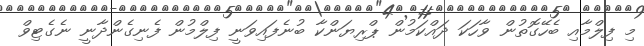
މި ފިލްމާއި ބެހޭގޮތުން ވާހަކަ ދައްކަމުން ޕްރިޔަންކާ ބުނެފައިވަނީ ފިލްމުން ފެނިގެންދާނީ ނެގެޓިވް